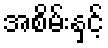
အစိမ်းနှင့်